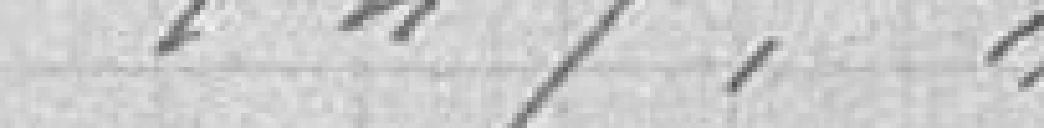
127